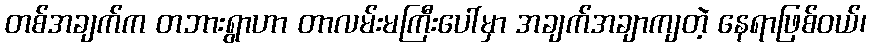
တစ်အချက်က တဘားရွာဟာ တာလမ်းမကြီးပေါ်မှာ အချက်အချာကျတဲ့ နေရာဖြစ်ဝယ်၊